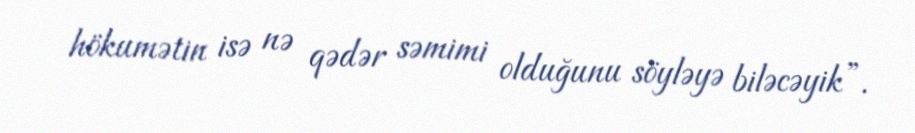
hökumətin isə nə qədər səmimi olduğunu söyləyə biləcəyik”.